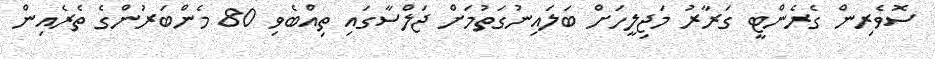
ސޮވެރިން ގެރެންޓީ ގަރާރު މަޖިލީހަށް ބަލައިނުގަތުމަށް ޖަލްސާގައި ތިއްބެވި 80 މެންބަރުންގެ ތެރެއިން